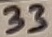
Text: 33